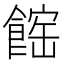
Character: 𩝒